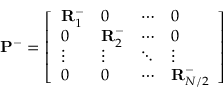
\mathbf { P } ^ { - } = \left[ \begin{array} { l l l l } { \mathbf { R } _ { 1 } ^ { - } } & { 0 } & { \cdots } & { 0 } \\ { 0 } & { \mathbf { R } _ { 2 } ^ { - } } & { \cdots } & { 0 } \\ { \vdots } & { \vdots } & { \ddots } & { \vdots } \\ { 0 } & { 0 } & { \cdots } & { \mathbf { R } _ { N / 2 } ^ { - } } \end{array} \right]